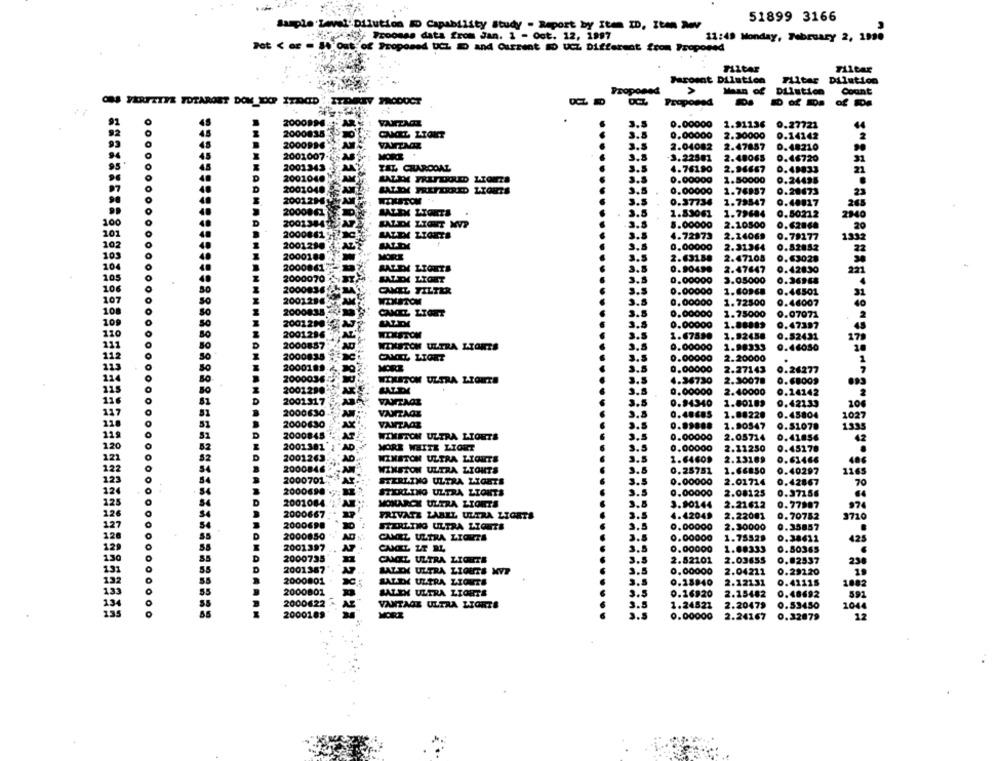
51899 3166
Sample Level. Dilution # Capability Study - Report by Item ID, Iten 2wwv
hy Proonss data from Jan. 1 - Oct. 12, 1997
11:49 Monday, February 2, 1990
Pot < or = $4 Out of Proposed UCL D and Current =D UCZ Different from Proposed
Filter
Tiltar
Faroeat Dilution
Filtar Dilution
Proposed
Mean of Dilution
Count
OBS YERTZTYE TOTARGET DOM DOP ITACID
ITDRIV PRODUCT
Proposed
48
2000994.
3.5
0.00000
1.91136 0.27721
44
92
2000835
CAMIL LTOKT
3.5
0.00000
2.30000
0.14142
2
93
2000996
3.5
2.04082
2.47857
D.48210
2001007
3.8
3.22501
2.48065
0.46720
31
95
2001343
ZEL CHARCOAL
3.5
0.49033
4.
2001048
4.76190
2.96667
3.8
0.00000
1.50000
0.24495
97
2001049
SALEM PREFERRED LTORTS
3.5
0.00000
1.76987
0.20673
2001.29-6
3.5
0.37734
1.79547
0.40017
2000061
3.5
1.83061
1.79684
0.50212
2040
100
20013842
SALDM LIGHT MVP
.3.8
5.00000
2.10500
0.62868
101
2000861
3.5
4.72973
2.14069
0.79177
102
2001290
133
0.00000
2.31364
0.52882
105
200018
MORE
3.5
2.63188
2.47108
0.63028
104
2000061
3.5
SALEM LIGETS
0.90490
2.47647
0.42830
105
2000070
SALDM LIGET
3.5
0.00000
3.05000
0.36968
106
2000836
CAMIL FILTER
3.5
0.00000
1.60968
0.46501
107
2001296
2001296
3.5
0,00000
1.72500
0.46007
108
2000835
CANIZ LIGET
3.5
0.00000
1.75000
0.07071
109
2001290
2001200
3.5
0.00000
1.88883
0.47397
110
2001286
2001286
3.5
1.67890
1.92458
0.82431
2000887
2000887
WINSTON ULTRA LTORES
3.5
0.00000
1.98333
0.46050
2000835
2000835
CAMIL LIGET
3.5
0.00000
2.20000
20001896
MORE
3.5
0.00000
2.27143
0.26277
2000036
2000036
WINSTON ULTRA LIGHTA
3.5
4.36730
2.30078
3.8
0.00000
2.40000
0.24142
2001317
3.5
0.94340
1.80109
0.42133
2000630
3.8
1.88220
0.45804
1027
118
2000630
0.99888
1.90547
0.51078
11
2000845
133
WINSTON ULTRA LIGHTS
3.5
0.00000
2.05714
0.41856
120
2001381
MORE WHITE LIGHT
3.5
0.00000
2.11250
0.45178
2001263
WINSTON ULTRA LIGHTS
3.5
1.64609
2.13169
0.61466
22
2000846
WINSTON ULTRA LIGHTS
3.5
0.25751
1.66850
0.40297
1165
2000701
STERLING ULTRA LIGHTS
0.00000
2.01714
0.42867
70
124
2000698
STERLING ULTRA LYONTS
3.5
0,00000
2.08125
0.37156
125
2001084
MOIARCY ULTRA LIONTS
3.5
2.21612
3.90144
0.77987
97
126
2000667
PRIVATE LABEL ULTRA LIGHTS
3.5
4.42049
2.22001
0.70752
STERLING ULTRA LIGHTS
3.5
2.30000
0.35857
0.00000
12
2000850
AD
CAMEL ULTRA LIGUES
3.5
0.00000
1.75529
0.38611
425
12
CAMIL LT BL
3.5
0.00000
1.68333
0.80365
130
D
2000735
CAMEL ULTRA LIGHTE
3.5
2.52101
2.03655
0.82537
230
131
3.5
0.00000
2.04211
0.29220
BAZEN ULTRA LIOUTS MVP
132
2000801
SALEK ULTRA LIGHTS
3.5
0.18840
2.12131
0.41115
1.33
2000801
SALEN ULTRA LIGHTS
3.5
0.16920
2.15482
0.48692
891
13
2000622
VANTAGE ULTRA LIGHTS
9.5
1.24522
2.20479
0.53450
104
2000189
3.5
0.00000
2.24167
0.32879